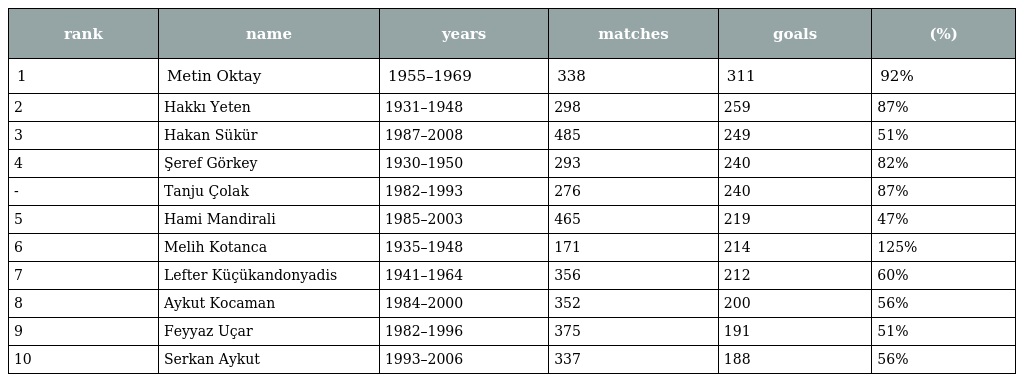
| rank | name | years | matches | goals | (%) |
 | --- | --- | --- | --- | --- | --- |
 | 1 | Metin Oktay | 1955–1969 | 338 | 311 | 92% |
 | 2 | Hakkı Yeten | 1931–1948 | 298 | 259 | 87% |
 | 3 | Hakan Sükür | 1987–2008 | 485 | 249 | 51% |
 | 4 | Şeref Görkey | 1930–1950 | 293 | 240 | 82% |
 | - | Tanju Çolak | 1982–1993 | 276 | 240 | 87% |
 | 5 | Hami Mandirali | 1985–2003 | 465 | 219 | 47% |
 | 6 | Melih Kotanca | 1935–1948 | 171 | 214 | 125% |
 | 7 | Lefter Küçükandonyadis | 1941–1964 | 356 | 212 | 60% |
 | 8 | Aykut Kocaman | 1984–2000 | 352 | 200 | 56% |
 | 9 | Feyyaz Uçar | 1982–1996 | 375 | 191 | 51% |
 | 10 | Serkan Aykut | 1993–2006 | 337 | 188 | 56% |